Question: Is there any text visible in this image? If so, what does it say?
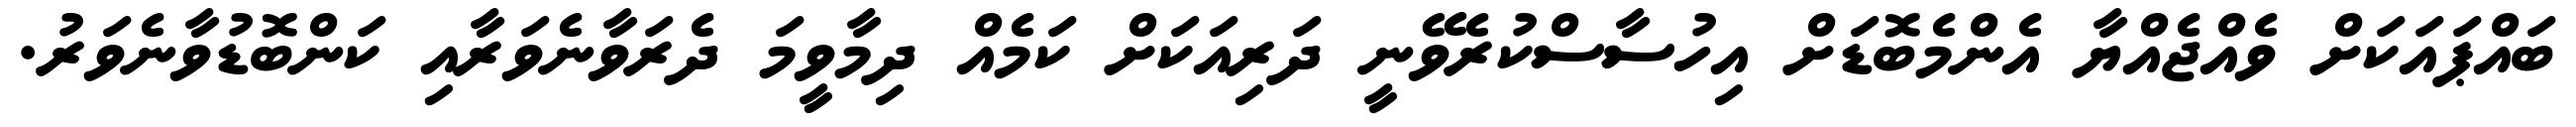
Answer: ބައްޕައަކަށް ވެއްޖެއްޔާ އެންމެބޮޑަށް އިހުސާސްކުރެވޭނީ ދަރިއަކަށް ކަމެއް ދިމާވީމަ ދެރަވާނެވަރާއި ކަންބޮޑުވާނެވަރު.